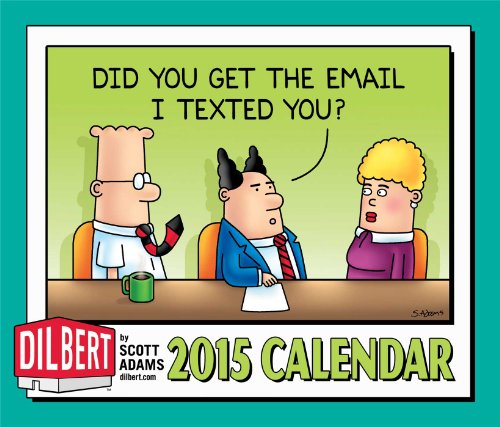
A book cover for Dilbert 2015 Day-to-Day Calendar; Scott Adams; Calendars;